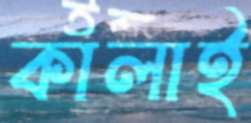
কালাই